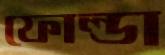
ফোল্ডা